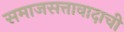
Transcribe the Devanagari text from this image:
समाजसत्तावादाची